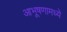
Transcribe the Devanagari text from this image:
आभूषणामध्ये